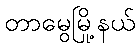
တာမွေမြို့နယ်